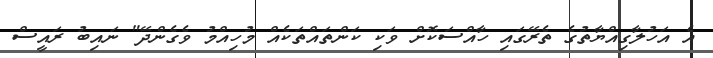
އެ އަހުލާގިއްޔާތުގެ ތެރޭގައި ހާއްސަކޮށް ވަކި ކަންތައްތަކެއް މުހިއްމު ވެގެންދޭ" ނައިބު ރައީސް